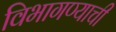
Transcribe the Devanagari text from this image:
विभागण्याची